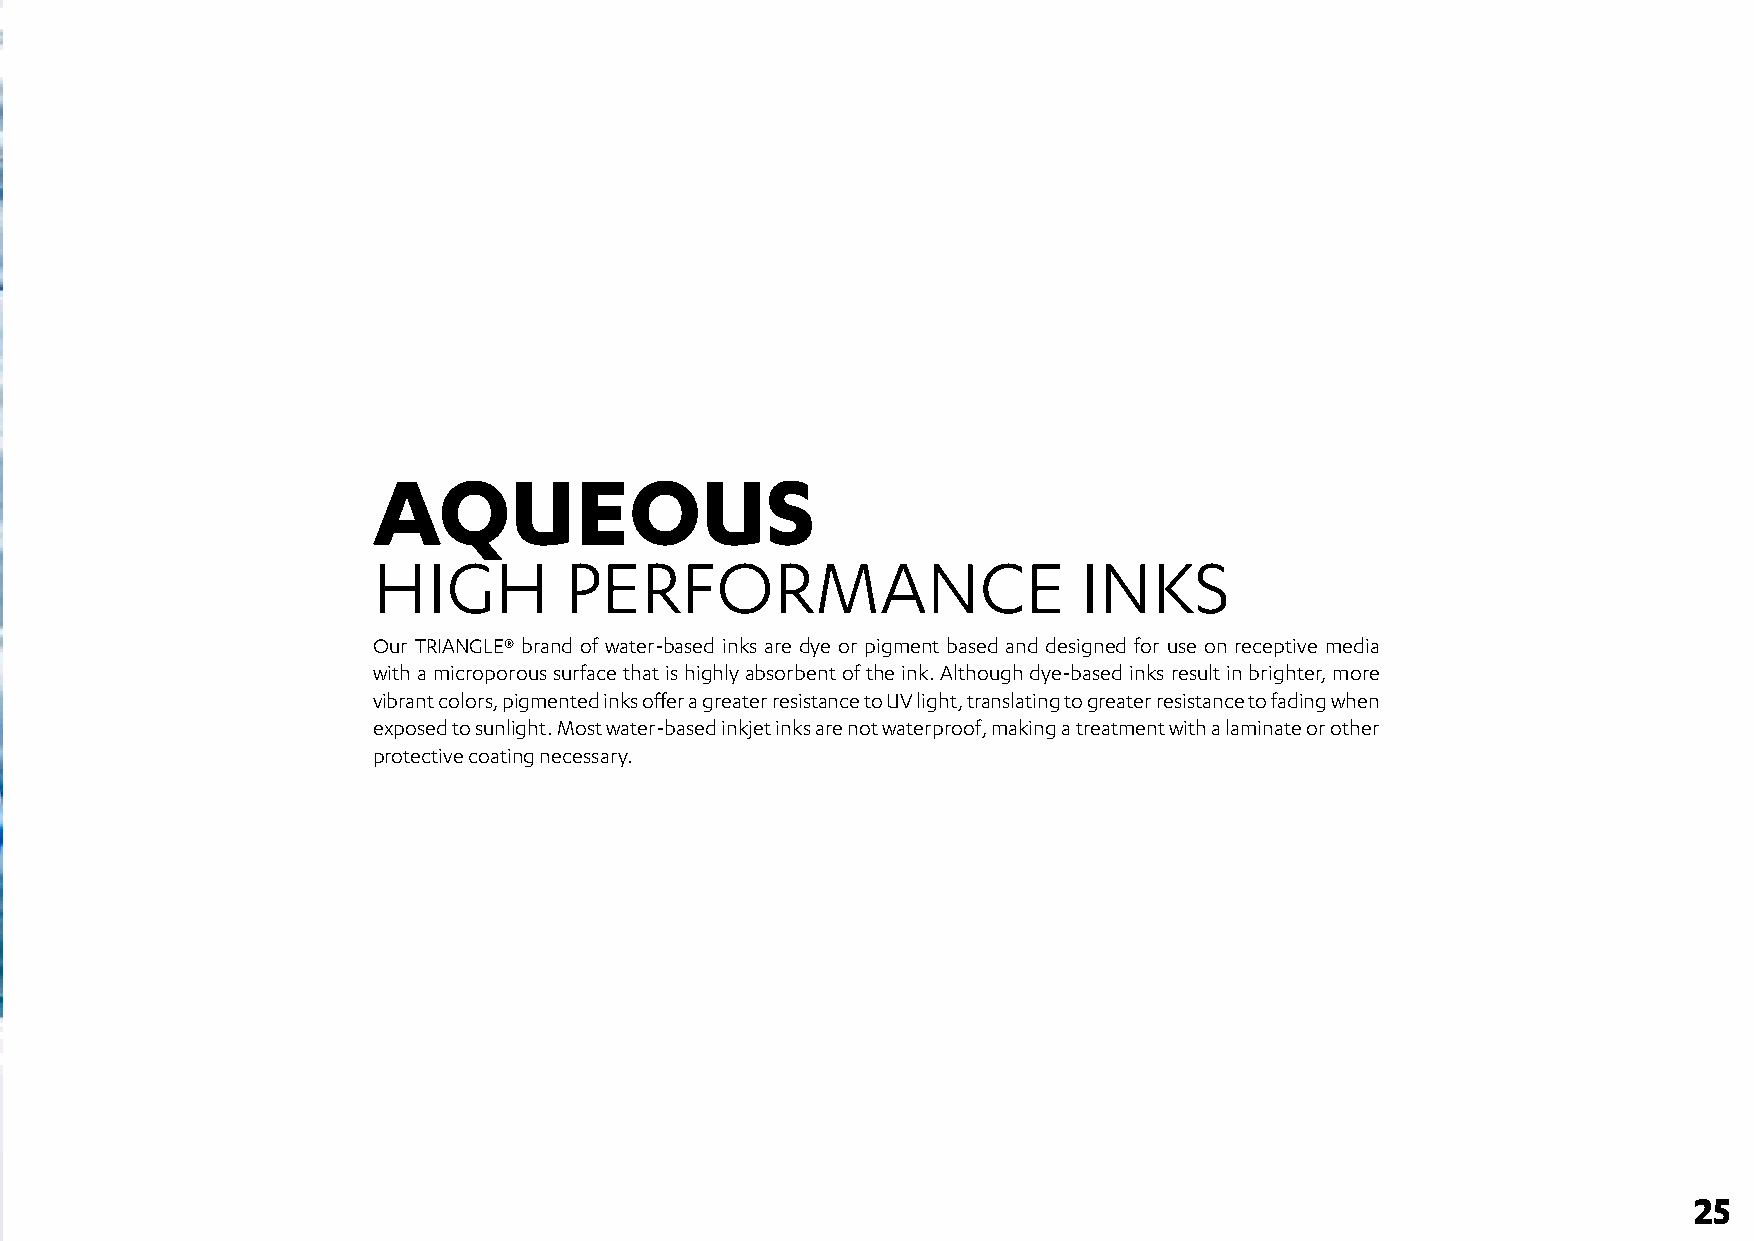
AQUEOUS
 HIGH        PERFORMANCE                        INKS
 Our TRIANGLE® brand of water-based inks are dye or pigment based and designed for use on receptive media
 with a microporous surface that is highly absorbent of the ink. Although dye-based inks result in brighter, more
 vibrant colors, pigmented inks offer a greater resistance to UV light, translating to greater resistance to fading when
 exposed to sunlight. Most water-based inkjet inks are not waterproof, making a treatment with a laminate or other
 protective coating necessary.
 25